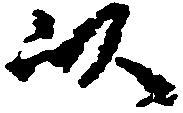
以